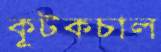
কূটকচাল